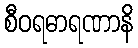
စီဝရဓာရဏာနိ